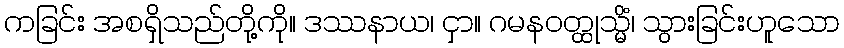
ကခြင်း အစရှိသည်တို့ကို။ ဒဿနာယ၊ ငှာ။ ဂမနဝတ္ထုသ္မိံ၊ သွားခြင်းဟူသော